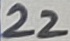
Text: 22